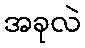
အခုလဲ